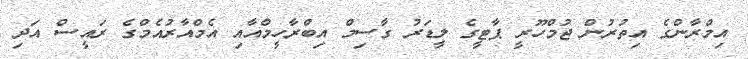
އިމްރާންގެ އިތުރުން ޖުމްހޫރީ ޕާޓީގެ ލީޑަރު ގާސިމް އިބްރާހީމްއާއި އެމްއާރުއެމްގެ ރައީސް އަދި